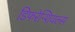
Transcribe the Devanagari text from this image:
डिफरेन्शियल्स